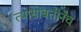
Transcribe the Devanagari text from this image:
त्यासोबतीनेच